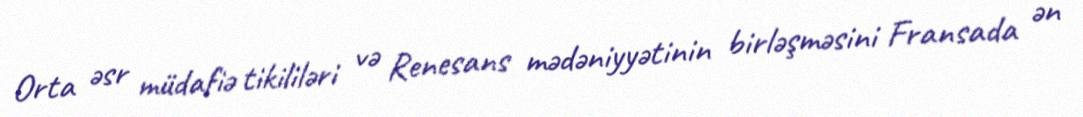
Orta əsr müdafiə tikililəri və Renesans mədəniyyətinin birləşməsini Fransada ən